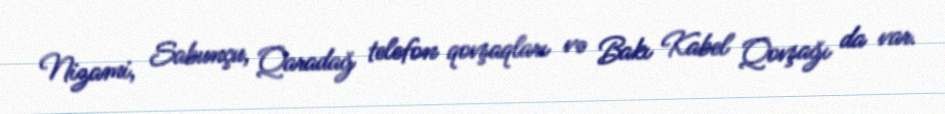
Nizami, Sabunçu, Qaradağ telefon qovşaqları və Bakı Kabel Qovşağı da var.